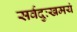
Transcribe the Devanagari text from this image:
सर्वदुःखमयं